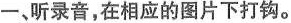
一，听录音，在相应的图片下打钩。